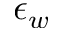
\epsilon _ { w }